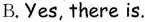
B.Yes, there is.